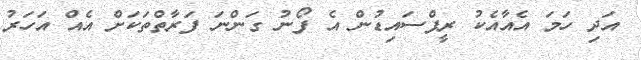
އަދި ހަމަ އެއާއެކު ރީފްސައިޑުން އެ ފޯނު ގަންނަ ފަރާތްތަކަށް އެއް އަހަރު